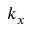
k _ { x }